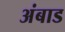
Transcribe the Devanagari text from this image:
अंबाड